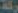
ركة